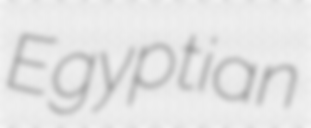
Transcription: Egyptian